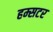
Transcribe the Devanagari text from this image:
हम्सटर